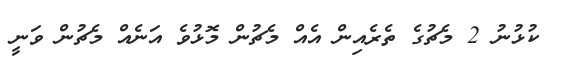
ކުޅުނު 2 މެޗުގެ ތެރެއިން އެއް މެޗުން މޮޅުވެ އަނެއް މެޗުން ވަނީ